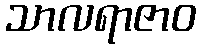
သာလရာဇာဝ